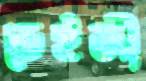
ডেইজী